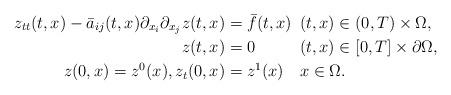
LaTeX: \begin{align*}z_{tt}(t, x) - \bar{a}_{ij}(t, x) \partial_{x_{i}} \partial_{x_{j}} z(t, x) &= \bar{f}(t, x)\phantom{0} (t, x) \in (0, T) \times \Omega, \\z(t, x) &= 0\phantom{\bar{f}(t, x)} (t, x) \in [0, T] \times \partial \Omega, \\z(0, x) = z^{0}(x), z_{t}(0, x) &= z^{1}(x)\phantom{00} x \in \Omega.\end{align*}